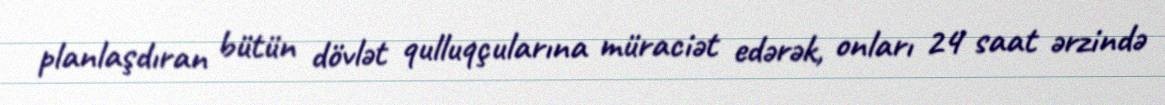
planlaşdıran bütün dövlət qulluqçularına müraciət edərək, onları 24 saat ərzində